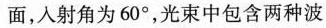
面，入射角为60°，光束中包含两种波